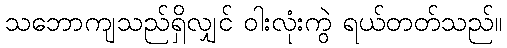
သဘောကျသည်ရှိလျှင် ဝါးလုံးကွဲ ရယ်တတ်သည်။